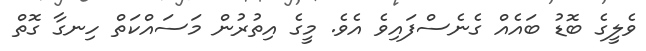
ވެލީގެ ބޮޑު ބައެއް ގެނެސްފައިވެ އެވެ. މީގެ އިތުރުން މަސައްކަތް ހިނގާ ގޮތް